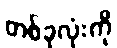
တစ်ခုလုံးကို